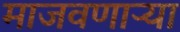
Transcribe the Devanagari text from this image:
माजवणाऱ्या